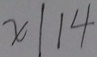
x \vert 1 4